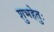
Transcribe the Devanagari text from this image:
शुभहेतुः